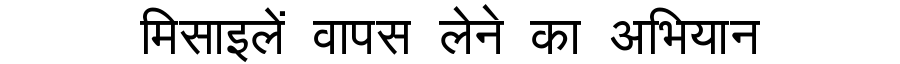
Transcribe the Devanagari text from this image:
मिसाइलें वापस लेने का अभियान